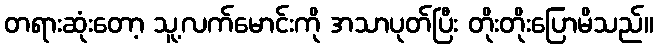
တရားဆုံးတော့ သူ့လက်မောင်းကို အသာပုတ်ပြီး တိုးတိုးပြောမိသည်။